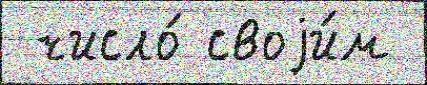
 число́ своjи́м